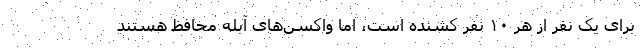
برای یک نفر از هر ۱۰ نفر کشنده است، اما واکسن‌های آبله محافظ هستند